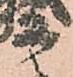
等